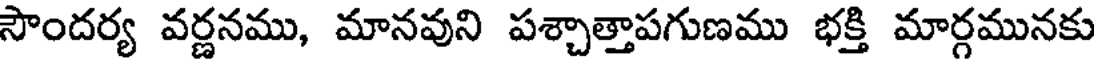
సౌందర్య వర్ణనము, మానవుని పశ్చాత్తాపగుణము భక్తి మార్గమునకు